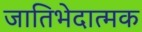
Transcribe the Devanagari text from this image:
जातिभेदात्मक